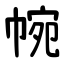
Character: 帵